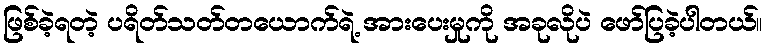
ဖြစ်ခဲ့ရတဲ့ ပရိတ်သတ်တယောက်ရဲ့ အားပေးမှုကို အခုလိုပဲ ဖော်ပြခဲ့ပါတယ်။